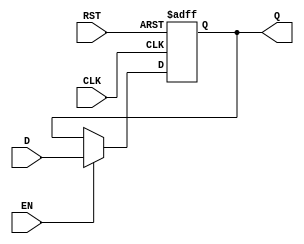
module BarrierRegister #(
    parameter WIDTH = 8  // Parameterized width for data input/output
)(
    input  wire [WIDTH-1:0] D,    // Data Input
    input  wire CLK,                // Clock Signal
    input  wire EN,                 // Enable Signal
    input  wire RST,                // Asynchronous Reset
    output reg  [WIDTH-1:0] Q       // Data Output
);

    // Asynchronous Reset and storage logic
    always @(posedge CLK or posedge RST) begin
        if (RST) begin
            Q <= {WIDTH{1'b0}};       // Clear the register to predefined state (zero)
        end else if (EN) begin
            Q <= D;                   // Capture data on rising edge of clock if enabled
        end
        // If EN is low, Q retains its previous value
    end

endmodule